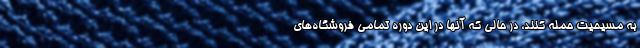
به مسیحیت حمله کنند، در حالی که آنها در این دوره تمامی فروشگاه‌های